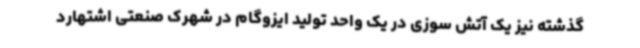
گذشته نیز یک آتش سوزی در یک واحد تولید ایزوگام در شهرک صنعتی اشتهارد